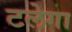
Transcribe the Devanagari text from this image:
टलेगा